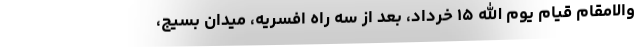
والامقام قیام یوم الله ۱۵ خرداد، بعد از سه راه افسریه، میدان بسیج،